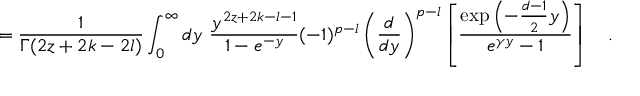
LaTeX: = { \frac { 1 } { \Gamma ( 2 z + 2 k - 2 l ) } } \int _ { 0 } ^ { \infty } d y ~ { \frac { y ^ { 2 z + 2 k - l - 1 } } { 1 - e ^ { - y } } } ( - 1 ) ^ { p - l } \left( { \frac { d } { d y } } \right) ^ { p - l } \left[ { \frac { \exp \left( - { \frac { d - 1 } { 2 } } y \right) } { e ^ { \gamma y } - 1 } } \right] ~ ~ ~ .